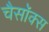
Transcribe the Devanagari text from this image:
चैसॉक्स